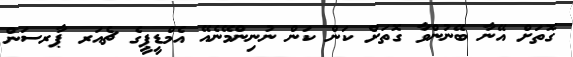
ގޮތަށް އޭނާ ބޭނުންވާ ގޮތަށް ކަން ކަން ނުނިންމޭނެއޭ އެމްޑީޕީގެ ޗެއަރ ޕާރސަަން